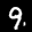
Digit: 9